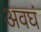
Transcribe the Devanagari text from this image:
अवघं